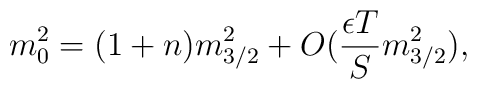
m_0^2=(1+n)m_{3/2}^2 + O( \frac{\epsilon T}{S} m_{3/2}^2),